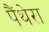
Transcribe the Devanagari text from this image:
पैंथेरा